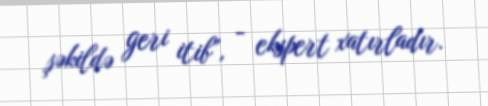
şəkildə geri itib”, - ekspert xatırladır.